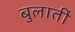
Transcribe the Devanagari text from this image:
बुलातीं